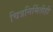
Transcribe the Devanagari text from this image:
चित्रनिर्मितीही